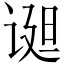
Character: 䜥